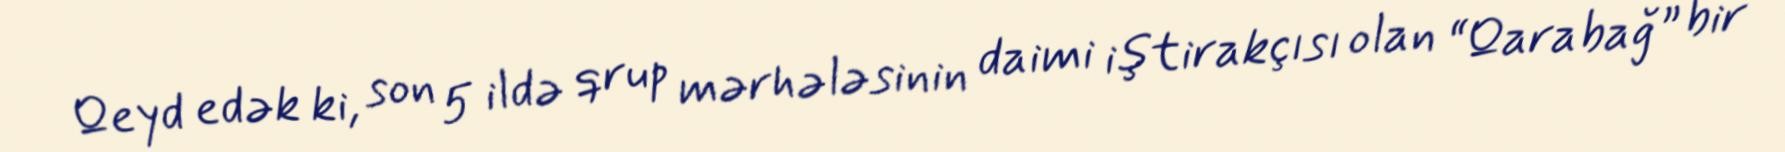
Qeyd edək ki, son 5 ildə qrup mərhələsinin daimi iştirakçısı olan “Qarabağ” bir